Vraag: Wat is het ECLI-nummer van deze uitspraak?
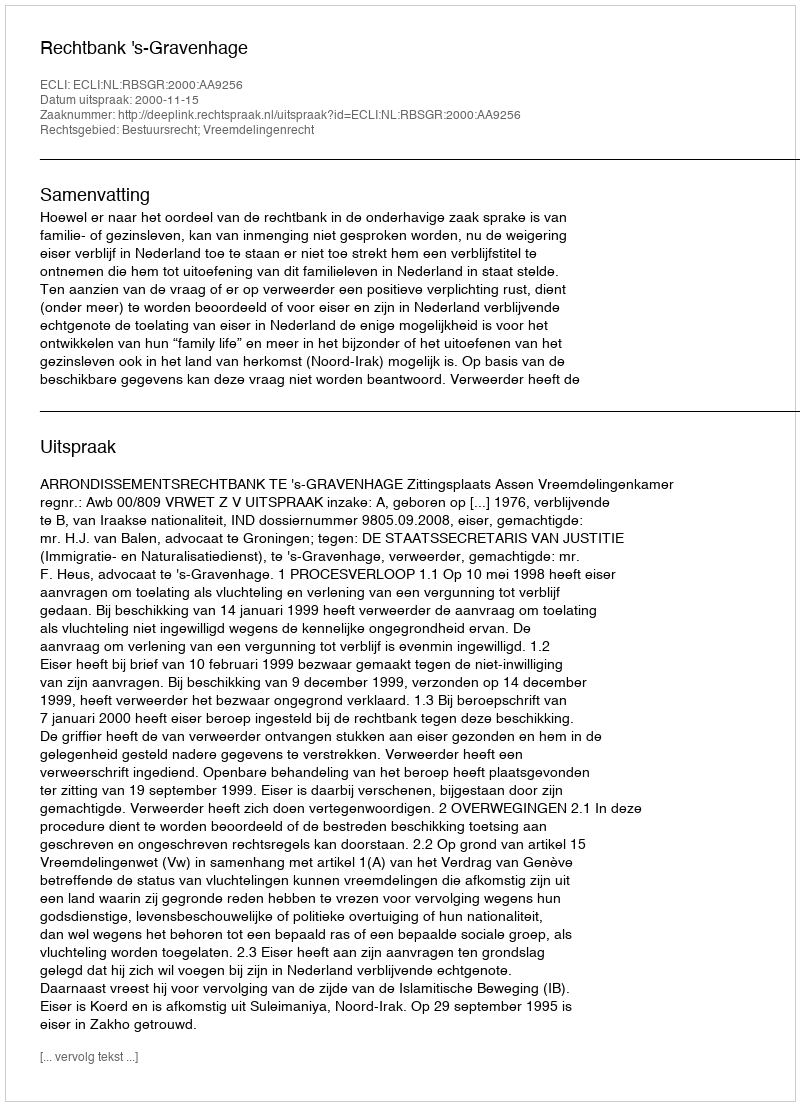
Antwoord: ECLI:NL:RBSGR:2000:AA9256